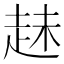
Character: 𧻇